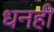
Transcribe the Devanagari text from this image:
धनही